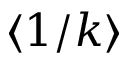
\langle 1 / k \rangle